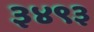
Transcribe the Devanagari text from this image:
३४९३